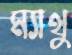
ম্যাথু